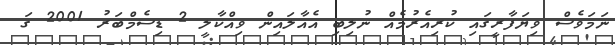
ނަމަވެސް ވިޔަފާރީގައި ކުރިއެރުމެއް ނުލިބި އެއާލައިން ވިއްކާލީ 2 ޑިސެމްބަރު 2001 ގަ